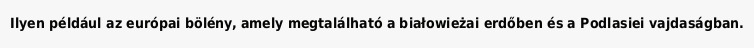
Ilyen például az európai bölény, amely megtalálható a białowieżai erdőben és a Podlasiei vajdaságban.